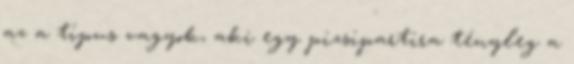
az a típus vagyok, aki egy pizsipartira tényleg a